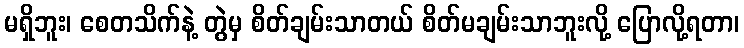
မရှိဘူး၊ စေတသိက်နဲ့ တွဲမှ စိတ်ချမ်းသာတယ် စိတ်မချမ်းသာဘူးလို့ ပြောလို့ရတာ၊